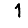
Digit: 1